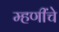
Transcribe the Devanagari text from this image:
म्हणींचे